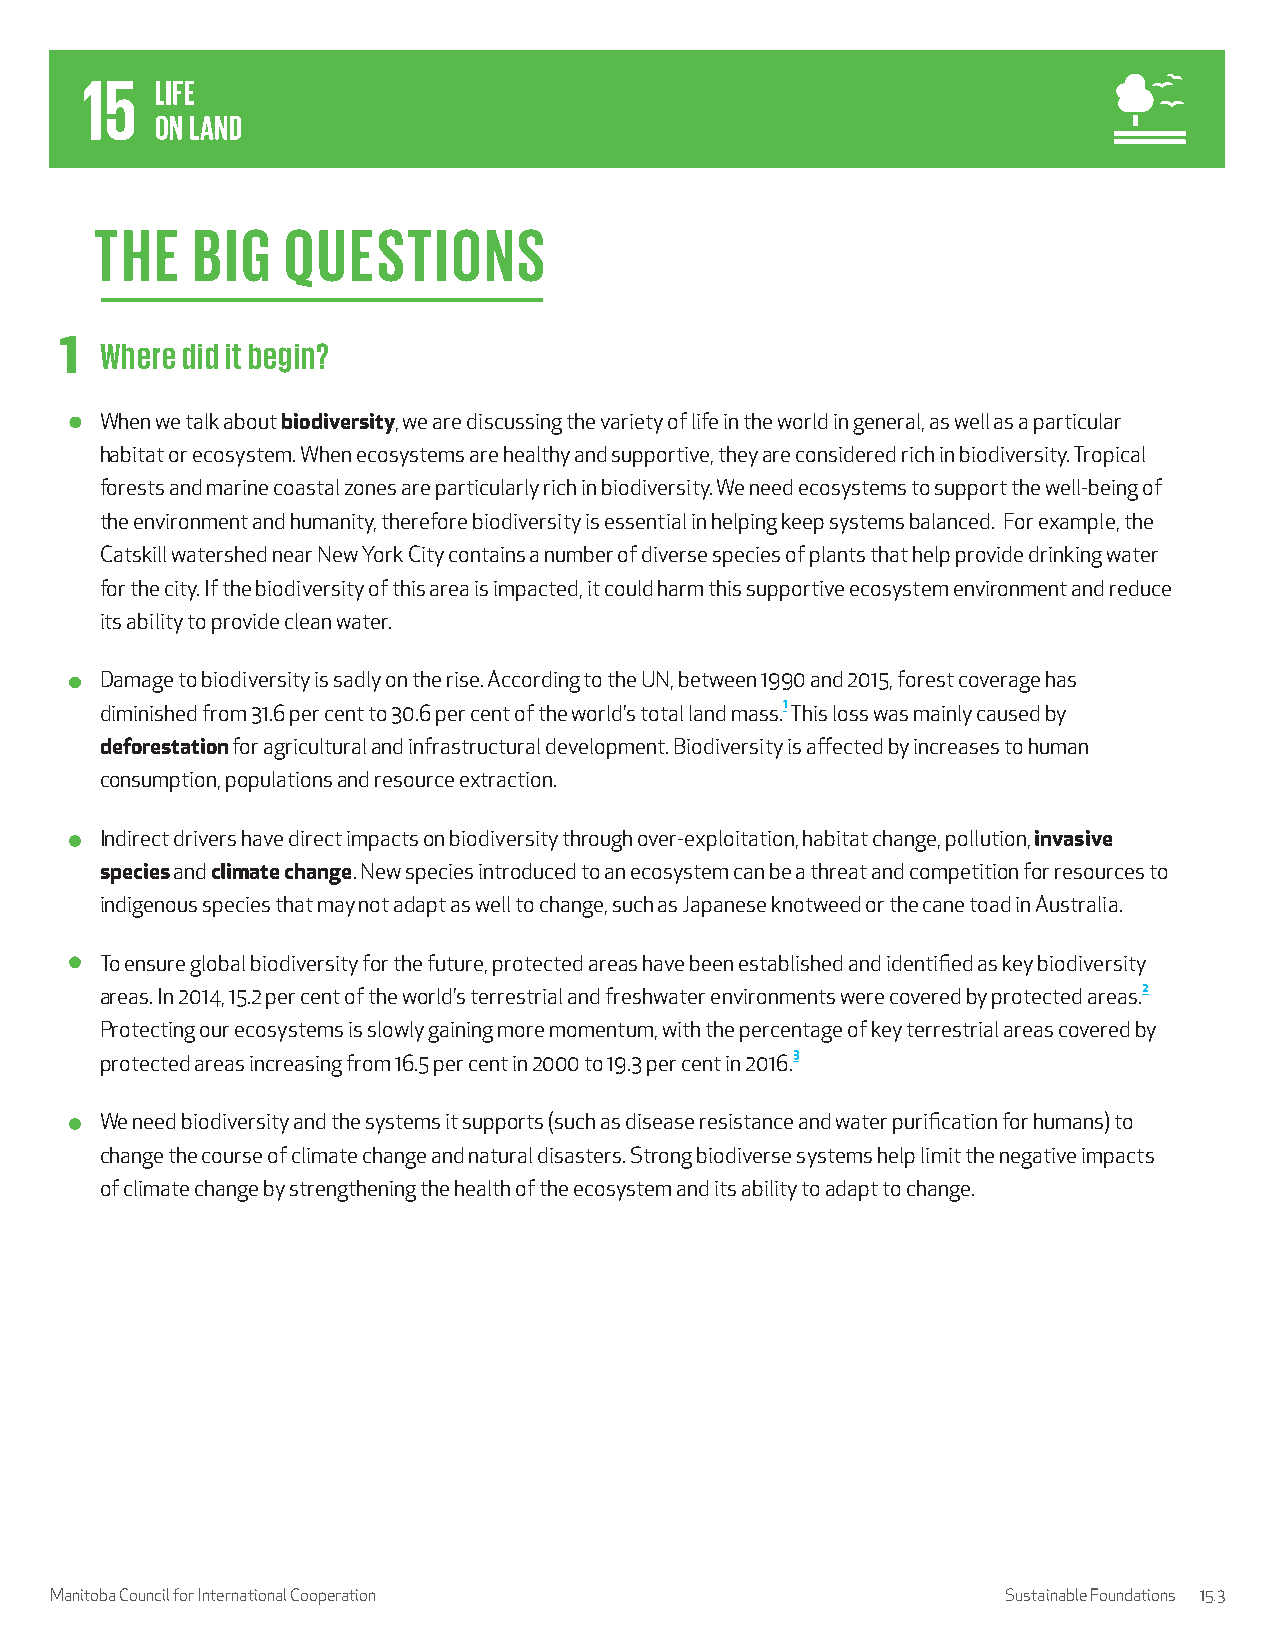
THE    BIG   QUESTIONS
 1  Where did it begin?
 When we talk about biodiversity, we are discussing the variety of life in the world in general, as well as a particular
 habitat or ecosystem. When ecosystems are healthy and supportive, they are considered rich in biodiversity. Tropical
 forests and marine coastal zones are particularly rich in biodiversity. We need ecosystems to support the well-being of
 the environment and humanity, therefore biodiversity is essential in helping keep systems balanced. For example, the
 Catskill watershed near New York City contains a number of diverse species of plants that help provide drinking water
 for the city. If the biodiversity of this area is impacted, it could harm this supportive ecosystem environment and reduce
 its ability to provide clean water.
 Damage to biodiversity is sadly on the rise. According to the UN, between 1990 and 2015, forest coverage has
 diminished from 31.6 per cent to 30.6 per cent of the world’s total land mass.1 This loss was mainly caused by
 deforestation for agricultural and infrastructural development. Biodiversity is affected by increases to human
 consumption, populations and resource extraction.
 Indirect drivers have direct impacts on biodiversity through over-exploitation, habitat change, pollution, invasive
 species and climate change. New species introduced to an ecosystem can be a threat and competition for resources to
 indigenous species that may not adapt as well to change, such as Japanese knotweed or the cane toad in Australia.
 To ensure global biodiversity for the future, protected areas have been established and identified as key biodiversity
 areas. In 2014, 15.2 per cent of the world’s terrestrial and freshwater environments were covered by protected areas.2
 Protecting our ecosystems is slowly gaining more momentum, with the percentage of key terrestrial areas covered by
 protected areas increasing from 16.5 per cent in 2000 to 19.3 per cent in 2016.3
 We need biodiversity and the systems it supports (such as disease resistance and water purification for humans) to
 change the course of climate change and natural disasters. Strong biodiverse systems help limit the negative impacts
 of climate change by strengthening the health of the ecosystem and its ability to adapt to change.
 Manitoba Council for International Cooperation                  Sustainable Foundations 15.3